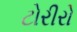
ટોરીરો